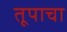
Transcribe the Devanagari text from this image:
तूपाचा